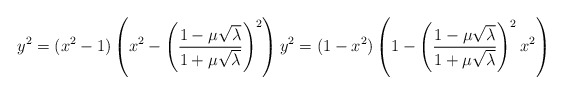
\begin{align*}y^2= (x^2-1)\left(x^2-\left(\frac{1-\mu\sqrt{\lambda}}{1+\mu\sqrt{\lambda}}\right)^2\right)y^2= (1-x^2)\left(1-\left(\frac{1-\mu\sqrt{\lambda}}{1+\mu\sqrt{\lambda}}\right)^2 x^2\right)\end{align*}